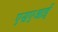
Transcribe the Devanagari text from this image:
एसएआई